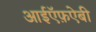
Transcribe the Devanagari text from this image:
आईऍफ़ऐबी